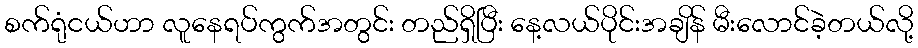
စက်ရုံငယ်ဟာ လူနေရပ်ကွက်အတွင်း တည်ရှိပြီး နေ့လယ်ပိုင်းအချိန် မီးလောင်ခဲ့တယ်လို့